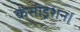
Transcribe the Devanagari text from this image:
कंसीड्रेशन।